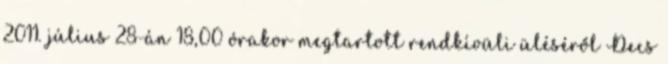
2011. július 28-án 18,00 órakor megtartott rendkívüli üléséről Decs